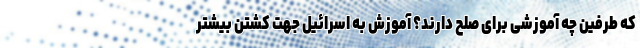
که طرفین چه آموزشی برای صلح دارند؟ آموزش به اسرائیل جهت کشتن بیشتر